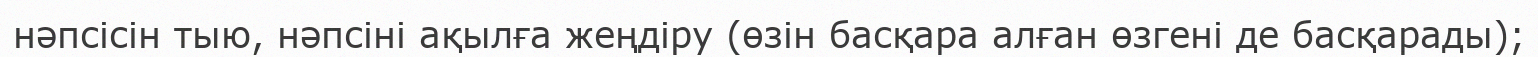
нәпсісін тыю, нәпсіні ақылға жеңдіру (өзін басқара алған өзгені де басқарады);